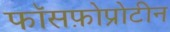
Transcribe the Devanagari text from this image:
फॉसफ़ोप्रोटीन